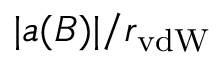
| a ( B ) | / r _ { \mathrm { v d W } }